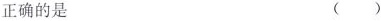
正确的是 ( )